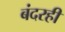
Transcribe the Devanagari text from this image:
बंदरही